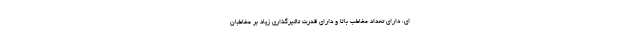
ای، دارای تعداد مخاطب بالا و دارای قدرت تاثیرگذاری زیاد بر مخاطبان